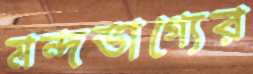
মন্দভাগ্যের